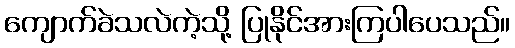
ကျောက်ခဲသလဲကဲ့သို့ ပြုနိုင်အားကြပါပေသည်။